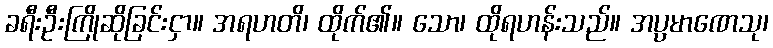
ခရီးဦးကြိုဆိုခြင်းငှာ။ အရဟတိ၊ ထိုက်၏။ သော၊ ထိုရဟန်းသည်။ အပ္ပမာဏေသု၊